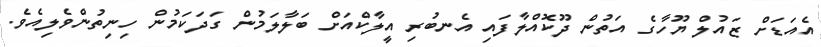
އެއަޑަށް ޒައުލް ޔޫހާގެ އަތުން ދޫކޮއްލާފައި އެނބުރި އީލާކްއަށް ބަލާލަމުން ގަދަކަމުން ހިނިތުންވެލިއެވެ.